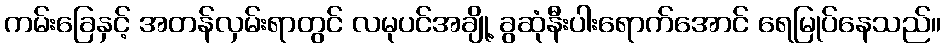
ကမ်းခြေနှင့် အတန်လှမ်းရာတွင် လမုပင်အချို့ ခွဆုံနီးပါးရောက်အောင် ရေမြုပ်နေသည်။